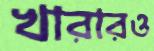
খারারও